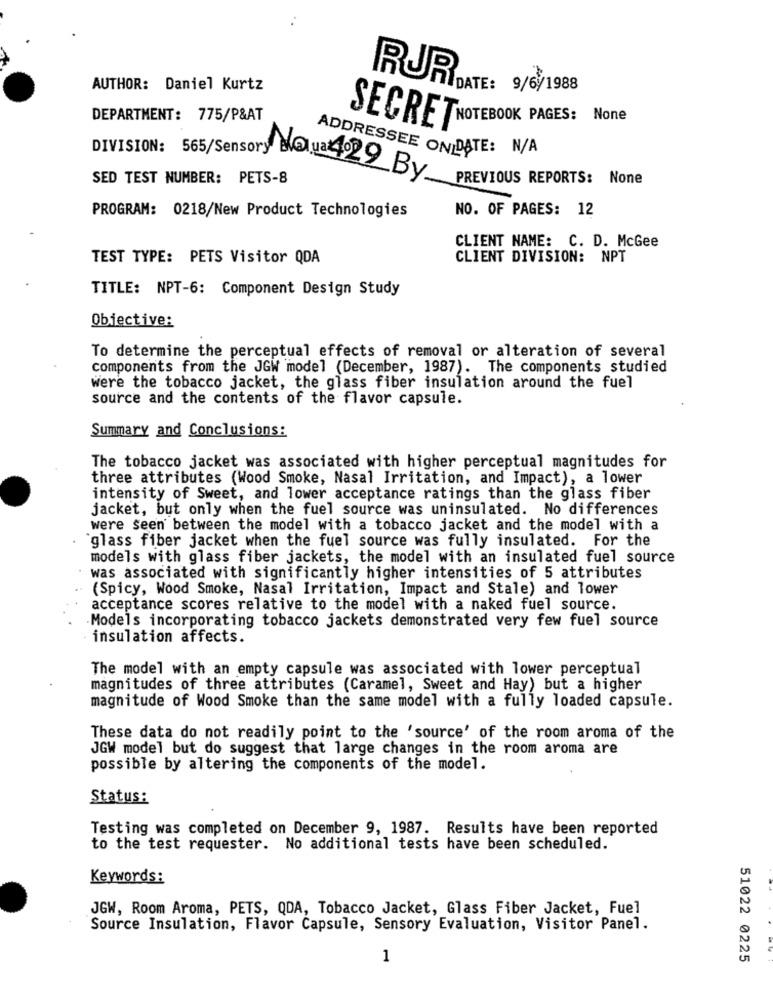
AUTHOR: Daniel Kurtz
RUR
DATE: 9/6/1988
DEPARTMENT: 775/P&AT
SECRETNOTEBOOK PAGES: None
ADDRESSEE ON DATE: N/A
DIVISION: 565/Sensory NQua 4.29 By.
SED TEST NUMBER: PETS-8
PREVIOUS REPORTS: None
PROGRAM: 0218/New Product Technologies
NO. OF PAGES: 12
CLIENT NAME: C. D. McGee
TEST TYPE: PETS Visitor QDA
CLIENT DIVISION: NPT
TITLE: NPT-6: Component Design Study
Obiective:
To determine the perceptual effects of removal or alteration of several
components from the JGW model (December, 1987). The components studied
were the tobacco jacket, the glass fiber insulation around the fuel
source and the contents of the flavor capsule.
Summary and Conclusions:
The tobacco jacket was associated with higher perceptual magnitudes for
three attributes (Wood Smoke, Nasal Irritation, and Impact), a lower
intensity of Sweet, and lower acceptance ratings than the glass fiber
jacket, but only when the fuel source was uninsulated. No differences
were seen between the model with a tobacco jacket and the model with a
"glass fiber jacket when the fuel source was fully insulated. For the
models with glass fiber jackets, the model with an insulated fuel source
was associated with significantly higher intensities of 5 attributes
(Spicy, Wood Smoke, Nasal Irritation, Impact and Stale) and lower
acceptance scores relative to the model with a naked fuel source.
Models incorporating tobacco jackets demonstrated very few fuel source
insulation affects.
The model with an empty capsule was associated with lower perceptual
magnitudes of three attributes (Caramel, Sweet and Hay) but a higher
magnitude of Wood Smoke than the same model with a fully loaded capsule.
These data do not readily point to the 'source' of the room aroma of the
JGW model but do suggest that large changes in the room aroma are
possible by altering the components of the model.
Status:
Testing was completed on December 9, 1987. Results have been reported
to the test requester. No additional tests have been scheduled.
Keywords:
JGW, Room Aroma, PETS, QDA, Tobacco Jacket, Glass Fiber Jacket, Fuel
Source Insulation, Flavor Capsule, Sensory Evaluation, Visitor Panel.
1
51022 0225